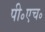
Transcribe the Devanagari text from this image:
पी॰एच॰